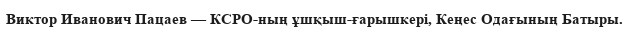
Виктор Иванович Пацаев — КСРО-ның ұшқыш-ғарышкері, Кеңес Одағының Батыры.